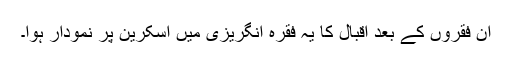
ان فقروں کے بعد اقبال کا یہ فقرہ انگریزی میں اسکرین پر نمودار ہوا۔